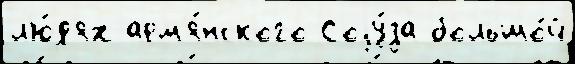
л'ю́д'ях арм'я́нского Соjу́за большо́й